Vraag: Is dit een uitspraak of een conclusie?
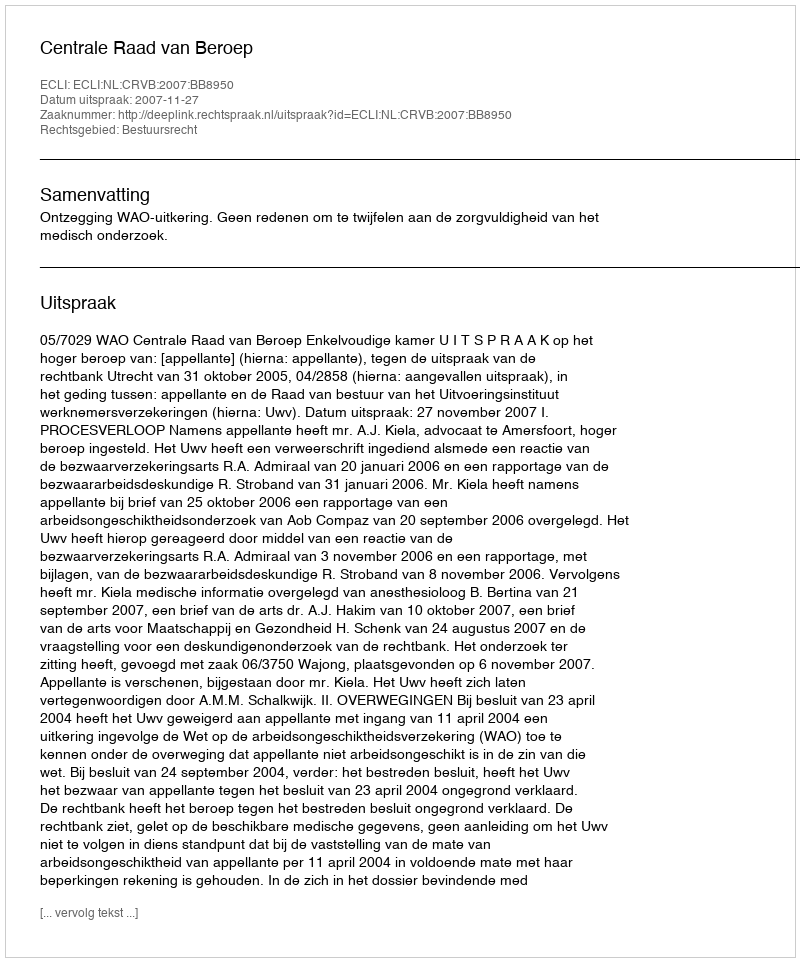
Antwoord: Uitspraak